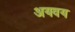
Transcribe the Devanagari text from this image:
अयवय